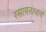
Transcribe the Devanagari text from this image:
रसायनाचार्य